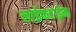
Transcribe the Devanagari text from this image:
लाईफटाईम